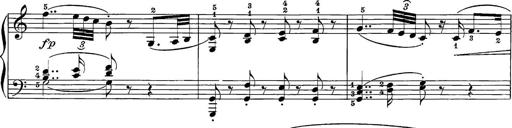
Title: 12 Sonatine per Pianoforte
Composer: Friedrich Kuhlau